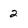
Character: 2